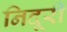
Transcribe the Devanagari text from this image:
निदूरी